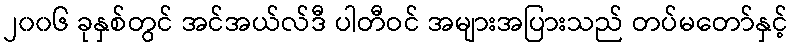
၂၀၀၆ ခုနှစ်တွင် အင်အယ်လ်ဒီ ပါတီဝင် အများအပြားသည် တပ်မတော်နှင့်